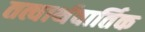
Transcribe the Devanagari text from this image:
तत्वार्थवार्तिक